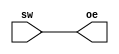
`timescale 1ns / 1ps
//////////////////////////////////////////////////////////////////////////////////
// Company: 
// Engineer: 
// 
// Design Name: 
// Module Name: oe
// Project Name: 
// Target Devices: 
// Tool Versions: 
// Description: 
// 
// Dependencies: 
// 
// Revision:
// Revision 0.01 - File Created
// Additional Comments:
// 
//////////////////////////////////////////////////////////////////////////////////


module oe(
    input sw,
    output oe
    );
    assign oe = sw;
endmodule